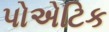
પોએટિક